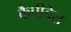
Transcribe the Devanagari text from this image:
कैपीबेरा